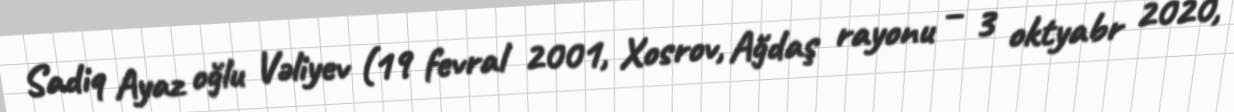
Sadiq Ayaz oğlu Vəliyev (19 fevral 2001, Xosrov, Ağdaş rayonu – 3 oktyabr 2020,